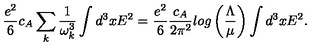
{ \frac { e ^ { 2 } } { 6 } } c _ { A } \sum _ { k } { \frac { 1 } { \omega _ { k } ^ { 3 } } } \int d ^ { 3 } x E ^ { 2 } = { \frac { e ^ { 2 } } { 6 } } { \frac { c _ { A } } { 2 \pi ^ { 2 } } } l o g \left( { \frac { \Lambda } { \mu } } \right) \int d ^ { 3 } x E ^ { 2 } .